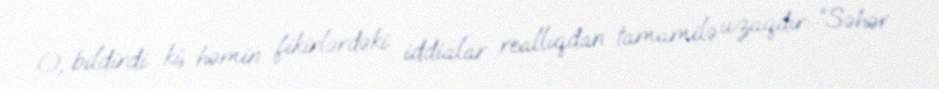
O, bildirdi ki, həmin fikirlərdəki iddialar reallıqdan tamamilə uzaqdır: “Səhər